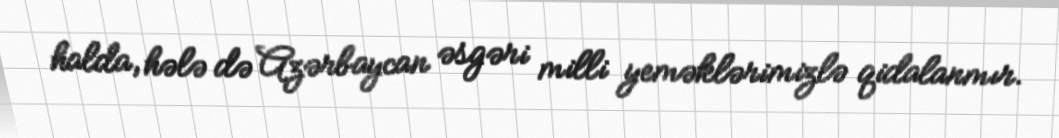
halda, hələ də Azərbaycan əsgəri milli yeməklərimizlə qidalanmır.